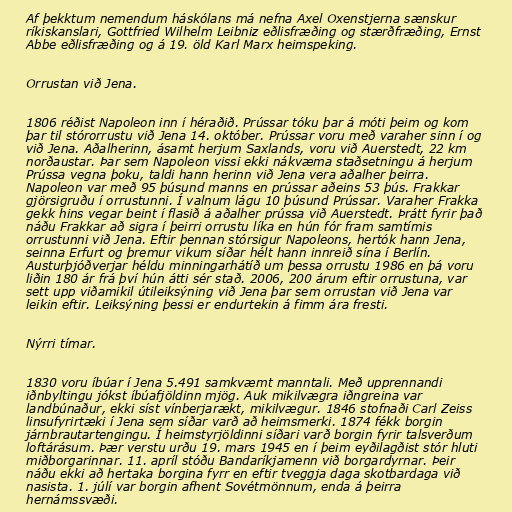
Af þekktum nemendum háskólans má nefna Axel Oxenstjerna sænskur
ríkiskanslari, Gottfried Wilhelm Leibniz eðlisfræðing og stærðfræðing, Ernst
Abbe eðlisfræðing og á 19. öld Karl Marx heimspeking.

Orrustan við Jena.

1806 réðist Napoleon inn í héraðið. Prússar tóku þar á móti þeim og kom
þar til stórorrustu við Jena 14. október. Prússar voru með varaher sinn í og
við Jena. Aðalherinn, ásamt herjum Saxlands, voru við Auerstedt, 22 km
norðaustar. Þar sem Napoleon vissi ekki nákvæma staðsetningu á herjum
Prússa vegna þoku, taldi hann herinn við Jena vera aðalher þeirra.
Napoleon var með 95 þúsund manns en prússar aðeins 53 þús. Frakkar
gjörsigruðu í orrustunni. Í valnum lágu 10 þúsund Prússar. Varaher Frakka
gekk hins vegar beint í flasið á aðalher prússa við Auerstedt. Þrátt fyrir það
náðu Frakkar að sigra í þeirri orrustu líka en hún fór fram samtímis
orrustunni við Jena. Eftir þennan stórsigur Napoleons, hertók hann Jena,
seinna Erfurt og þremur vikum síðar hélt hann innreið sína í Berlín.
Austurþjóðverjar héldu minningarhátíð um þessa orrustu 1986 en þá voru
liðin 180 ár frá því hún átti sér stað. 2006, 200 árum eftir orrustuna, var
sett upp viðamikil útileiksýning við Jena þar sem orrustan við Jena var
leikin eftir. Leiksýning þessi er endurtekin á fimm ára fresti.

Nýrri tímar.

1830 voru íbúar í Jena 5.491 samkvæmt manntali. Með upprennandi
iðnbyltingu jókst íbúafjöldinn mjög. Auk mikilvægra iðngreina var
landbúnaður, ekki síst vínberjarækt, mikilvægur. 1846 stofnaði Carl Zeiss
linsufyrirtæki í Jena sem síðar varð að heimsmerki. 1874 fékk borgin
járnbrautartengingu. Í heimstyrjöldinni síðari varð borgin fyrir talsverðum
loftárásum. Þær verstu urðu 19. mars 1945 en í þeim eyðilagðist stór hluti
miðborgarinnar. 11. apríl stóðu Bandaríkjamenn við borgardyrnar. Þeir
náðu ekki að hertaka borgina fyrr en eftir tveggja daga skotbardaga við
nasista. 1. júlí var borgin afhent Sovétmönnum, enda á þeirra
hernámssvæði.